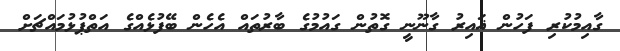
ގާއިމުކުރި ފަހުން ޣައިރު ގާނޫނީ ގޮތުން ގައުމުގެ ބާރުތައް އެހެން ބޭފުޅެއްގެ އަތްޕުޅުމައްޗަށް